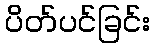
ပိတ်ပင်ခြင်း